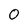
Character: O